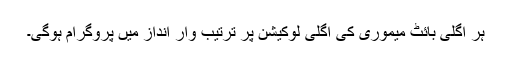
ہر اگلی بائٹ میموری کی اگلی لوکیشن پر ترتیب وار انداز میں پروگرام ہوگی۔